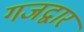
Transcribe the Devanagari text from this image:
गजद्वार